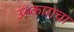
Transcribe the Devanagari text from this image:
ॐकाराचा